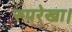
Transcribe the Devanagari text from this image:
रूपरेखा।